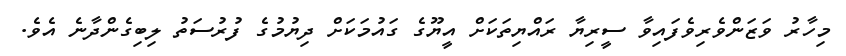
މިހާރު ވަޒަންވެރިވެފައިވާ ސީރިޔާ ރައްޔިތަކަށް އީޔޫގެ ގައުމަކަށް ދިޔުމުގެ ފުރުސަތު ލިބިގެންދާނެ އެވެ.